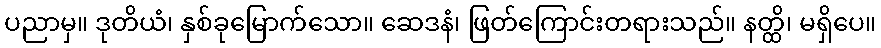
ပညာမှ။ ဒုတိယံ၊ နှစ်ခုမြောက်သော။ ဆေဒနံ၊ ဖြတ်ကြောင်းတရားသည်။ နတ္ထိ၊ မရှိပေ။